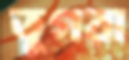
তুগরা